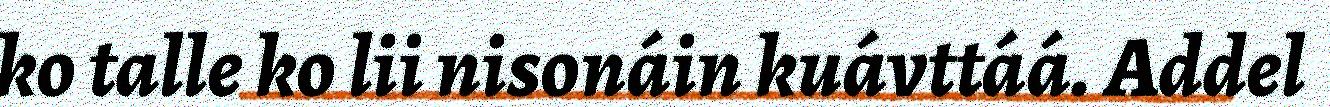
ko talle ko lii nisonáin kuávttáá. Addel